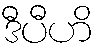
ဒီပီဟိ